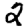
Digit: 2